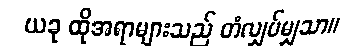
ယခု ထိုအရာများသည် တံလျှပ်မျှသာ။